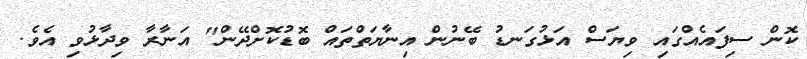
ކޮން ސިފައެއްގައި ވިޔަސް އަޅުގަނޑު ބޭނުން އިނާޔަތްތައް ބޮޑުކޮށްދޭން" އަނާރާ ވިދާޅުވި އެވެ.